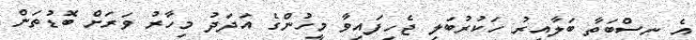
އެ ނިސްބަތާ ބަލާއިރު ހަކުރުބަލި ޖެހިފައިވާ މީހުންގެ އަދަދު މިހާރު ވަރަށް ބޮޑުތަން